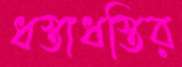
ধস্তাধস্তির